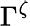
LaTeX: \Gamma^{\zeta}